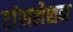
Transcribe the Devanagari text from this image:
टांंसलेशन